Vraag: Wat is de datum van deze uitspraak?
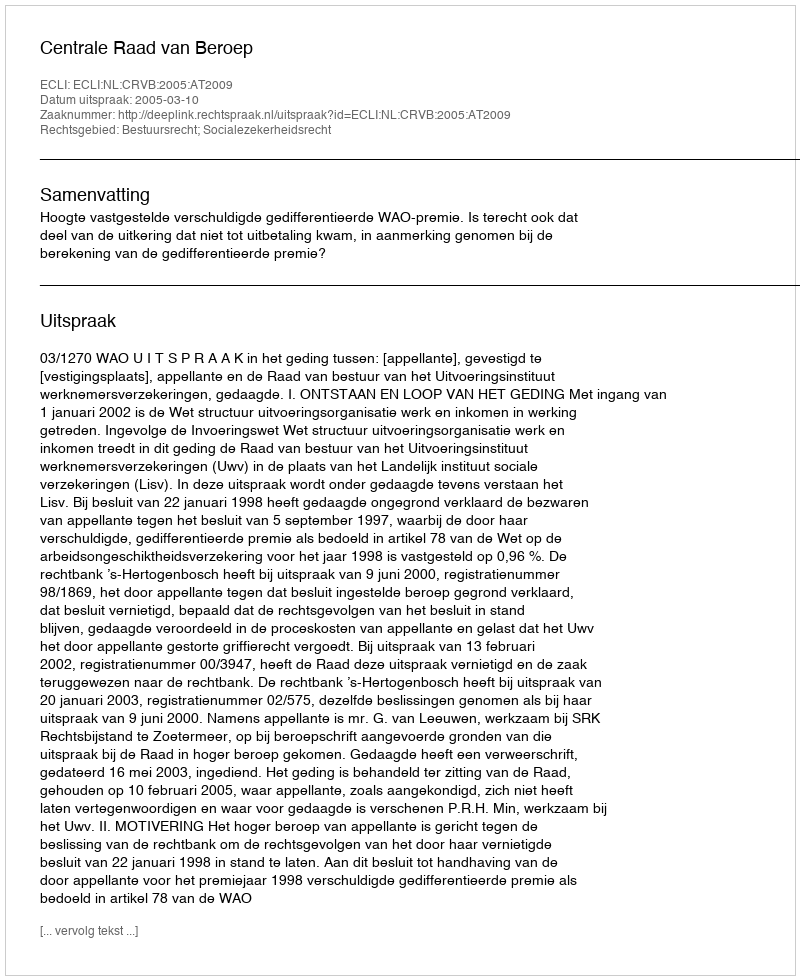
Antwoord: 2005-03-10